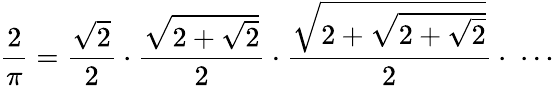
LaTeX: {\frac{2}{\pi}}={\frac{\sqrt{2}}{2}}\cdot{\frac{\sqrt{2+{\sqrt{2}}}}{2}}\cdot{\frac{\sqrt{2+{\sqrt{2+{\sqrt{2}}}}}}{2}}\cdot\; \cdots